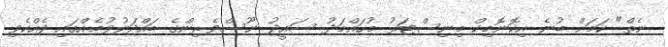
ނެތް" ކަމަށް ބުނެ އިކޮނޮމިކް މިނިސްޓަރު މުހައްމަދު ސައީދު ނޫސްވެރިންގެ ބައްދަލުވުމެއްގައި ދެއްކެވި